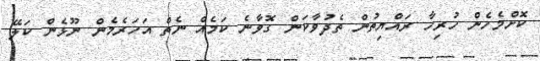
ކޮށްމެހެން ހުރިހާ ރައްޔިތުން ތެދުވާކަން ގޮވާނެ ކަމެއް ނެތް އަހަރެމެން ނޫޅެން ކަލޭ